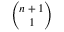
\binom { n + 1 } { 1 }